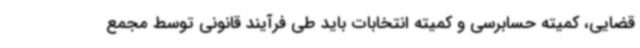
قضایی، کمیته حسابرسی و کمیته انتخابات باید طی فرآیند قانونی توسط مجمع